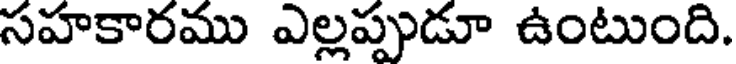
సహకారము ఎల్లప్పుడూ ఉంటుంది.